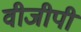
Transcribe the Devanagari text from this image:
वीजीपी